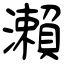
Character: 瀨